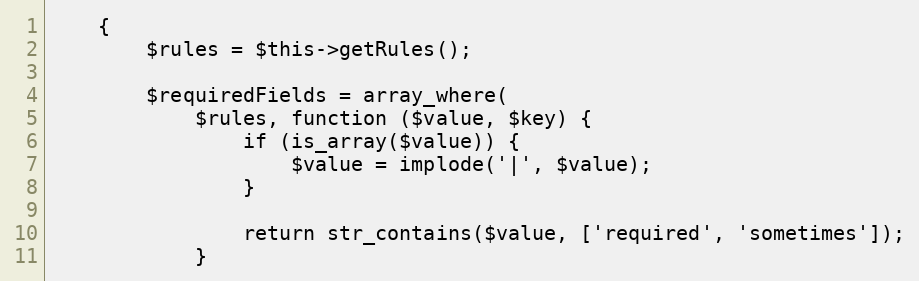
Language: PHP
    {
        $rules = $this->getRules();

        $requiredFields = array_where(
            $rules, function ($value, $key) {
                if (is_array($value)) {
                    $value = implode('|', $value);
                }

                return str_contains($value, ['required', 'sometimes']);
            }